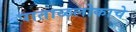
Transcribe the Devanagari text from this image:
पाताळलोकाचे